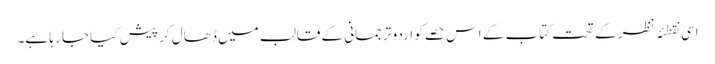
اسی نقطئہ نظر کے تحت کتاب کے اس حصے کو اردو ترجمانی کے قالب میں ڈھال کر پیش کیا جا رہا ہے۔